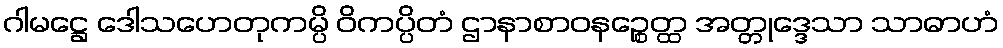
ဂါမဋ္ဌေ ဒေါသဟေတုကမ္ပိ ဝိကပ္ပိတံ ဌာနာစာဝနဉ္စေတ္ထ အတ္တုဒ္ဒေသာ သာဓာဟံ